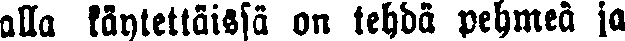
alla käytettäissä on tehdä pehmeä ja